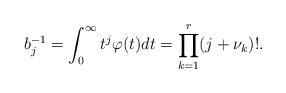
LaTeX: \begin{align*} b_j^{-1} = \int_0^{\infty} t^j \varphi(t) dt = \prod_{k=1}^r (j + \nu_k)!. \end{align*}